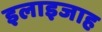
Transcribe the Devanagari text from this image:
इलाइजाह